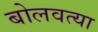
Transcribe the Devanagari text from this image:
बोलवत्या